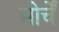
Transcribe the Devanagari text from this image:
मोर्चें